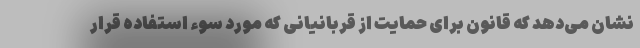
نشان می‌دهد که قانون برای حمایت از قربانیانی که مورد سوء استفاده قرار